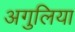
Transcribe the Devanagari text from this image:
अगुलिया